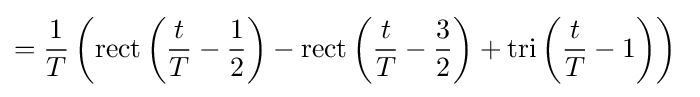
={\frac {1}{T}}\left(\mathrm {rect} \left({\frac {t}{T}}-{\frac {1}{2}}\right)-\mathrm {rect} \left({\frac {t}{T}}-{\frac {3}{2}}\right)+\mathrm {tri} \left({\frac {t}{T}}-1\right)\right)\